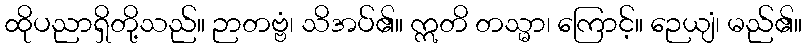
ထိုပညာရှိတို့သည်။ ဉာတဗ္ဗံ၊ သိအပ်၏။ ဣတိ တသ္မာ၊ ကြောင့်။ ဉေယျံ၊ မည်၏။